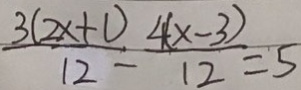
\frac { 3 ( 2 x + 1 ) } { 1 2 } - \frac { 4 ( x - 3 ) } { 1 2 } = 5